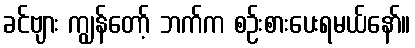
ခင်ဗျား ကျွန်တော့် ဘက်က စဉ်းစားပေးရမယ်နော်။